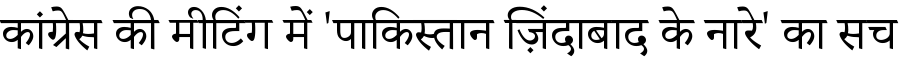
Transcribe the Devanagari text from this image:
कांग्रेस की मीटिंग में 'पाकिस्तान ज़िंदाबाद के नारे' का सच